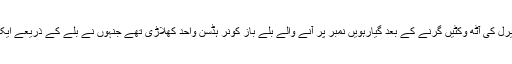
صفر پر ہی ویرل کی آٹھ وکٹیں گرنے کے بعد گیارہویں نمبر پر آنے والے بلے باز کونر ہڈسن واحد کھلاڑی تھے جنہوں نے بلے کے ذریعے ایک رن بنایا تھا۔